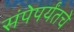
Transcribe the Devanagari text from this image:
संपेपर्यंतचे